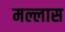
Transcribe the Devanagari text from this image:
मल्लास